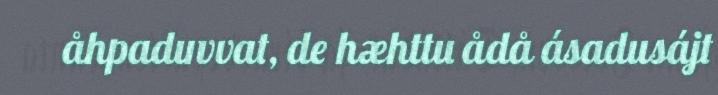
åhpaduvvat, de hæhttu ådå ásadusájt